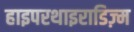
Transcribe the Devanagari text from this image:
हाइपरथाइराडिज़्म